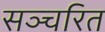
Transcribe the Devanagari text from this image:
सञ्चरित